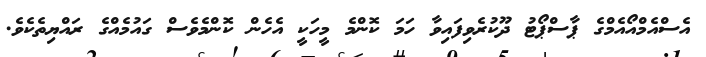
އެސްއެމްއޯއެމްގެ ޕާސްޕޯޓު ދޫކުރެވިފައިވާ ހަމަ ކޮންމެ މީހަކީ އެހެން ކޮންމެވެސް ގައުމެއްގެ ރައްޔިތެކެވެ.